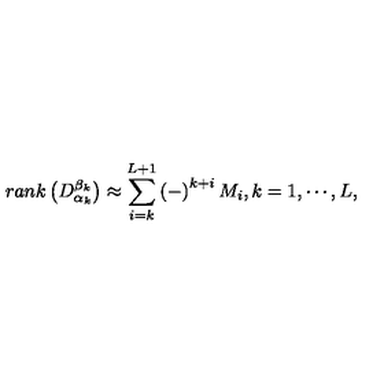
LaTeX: r a n k \left( D _ { \alpha _ { k } } ^ { \beta _ { k } } \right) \approx \sum _ { i = k } ^ { L + 1 } \left( - \right) ^ { k + i } M _ { i } , k = 1 , \cdots , L ,